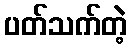
ပတ်သက်တဲ့